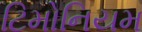
ટિમોનિયમ